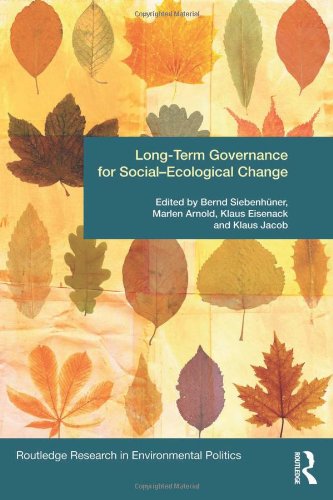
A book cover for Long-Term Governance for Social-Ecological Change (Environmental Politics); Business & Money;